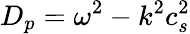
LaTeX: D_{p}=\omega^{2}-k^{2}c_{s}^{2}